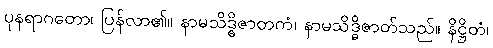
ပုနရာဂတော၊ ပြန်လာ၏။ နာမသိဒ္ဓိဇာတကံ၊ နာမသိဒ္ဓိဇာတ်သည်။ နိဋ္ဌိတံ၊